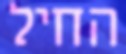
החיל